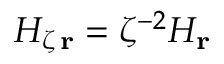
{ H } _ { \zeta \, \bf r } = \zeta ^ { - 2 } { H } _ { \bf r } \;